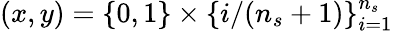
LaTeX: (x,y)=\{ 0,1\} \times\{ i/(n_{s}+1)\} _{i=1}^{n_{s}}